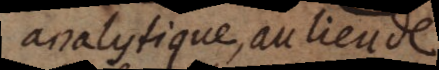
analytique, au lieu de